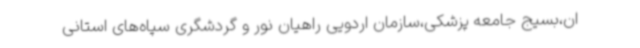
ان،بسیج جامعه پزشکی،سازمان اردویی راهیان نور و گردشگری سپاه‌های استانی